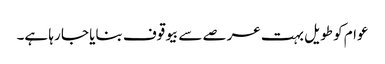
عوام کو طویل بہت عرصے سے بیوقوف بنایا جا رہا ہے۔